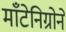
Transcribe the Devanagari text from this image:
माँटेनिग्रोने